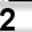
Digit: 2